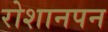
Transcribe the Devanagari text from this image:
रोशानपन